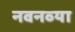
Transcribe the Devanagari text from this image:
नवनव्‍या